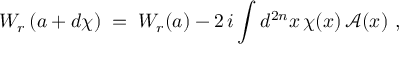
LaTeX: W _ { r } \left( a + d \chi \right) \; = \; W _ { r } ( a ) - 2 \, i \int d ^ { 2 n } x \, \chi ( x ) \, { \mathcal A } ( x ) ~ ,